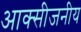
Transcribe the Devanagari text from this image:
आक्सीजनीय